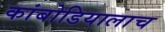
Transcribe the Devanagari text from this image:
कांबोडियालाच